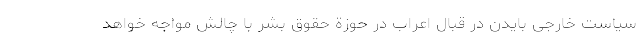
سیاست خارجی بایدن در قبال اعراب در حوزة حقوق بشر با چالش مواجه خواهد